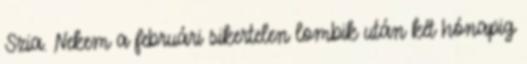
Szia. Nekem a februári sikertelen lombik után két hónapig